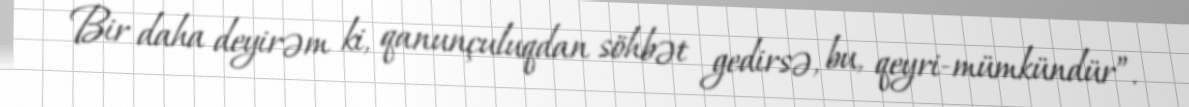
Bir daha deyirəm ki, qanunçuluqdan söhbət gedirsə, bu, qeyri-mümkündür”.